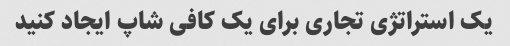
یک استراتژی تجاری برای یک کافی شاپ ایجاد کنید